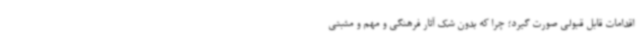
اقدامات قابل قبولی صورت گیرد؛ چرا که بدون شک آثار فرهنگی و مهم و مثبتی